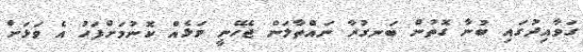
ގަވާއިދުގައި ބުނާ ގޮތުން ބަނގުރާ ނައްތާލަން ޖެހޭނީ ވަޅެއް ކޮނުމަށްފަހު އެ ވަޅަށް